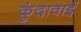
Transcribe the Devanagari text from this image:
कुंदावाई